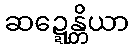
ဆဍ္ဍေန္တိယာ